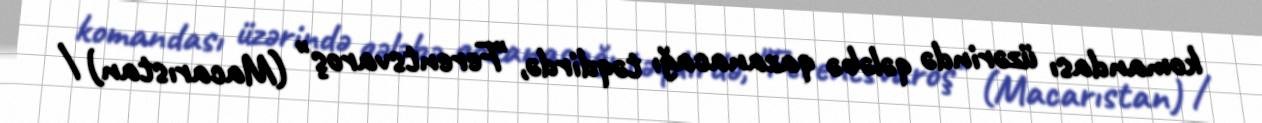
komandası üzərində qələbə qazanacağı təqdirdə, "Ferentsvaroş" (Macarıstan) /